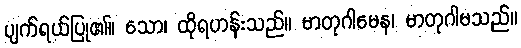
ပျက်ရယ်ပြု၏။ သော၊ ထိုရဟန်းသည်။ မာတုဂါမေန၊ မာတုဂါမသည်။